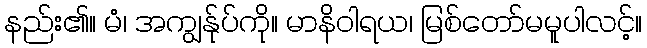
နည်း၏။ မံ၊ အကျွန်ုပ်ကို။ မာနိဝါရယ၊ မြစ်တော်မမူပါလင့်။